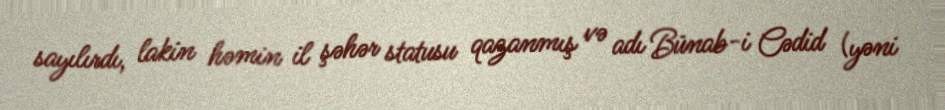
sayılırdı, lakin həmin il şəhər statusu qazanmış və adı Bünab-i Cədid (yəni